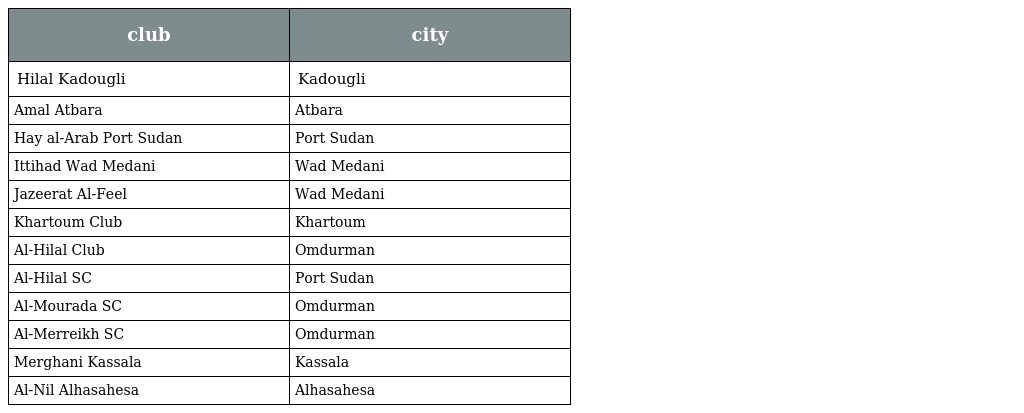
| club | city |
 | --- | --- |
 | Hilal Kadougli | Kadougli |
 | Amal Atbara | Atbara |
 | Hay al-Arab Port Sudan | Port Sudan |
 | Ittihad Wad Medani | Wad Medani |
 | Jazeerat Al-Feel | Wad Medani |
 | Khartoum Club | Khartoum |
 | Al-Hilal Club | Omdurman |
 | Al-Hilal SC | Port Sudan |
 | Al-Mourada SC | Omdurman |
 | Al-Merreikh SC | Omdurman |
 | Merghani Kassala | Kassala |
 | Al-Nil Alhasahesa | Alhasahesa |